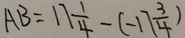
A B = 1 7 \frac { 1 } { 4 } - ( - 1 7 \frac { 3 } { 4 } )